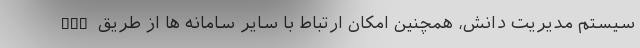
سیستم مدیریت دانش، همچنین امکان ارتباط با سایر سامانه ها از طریق API